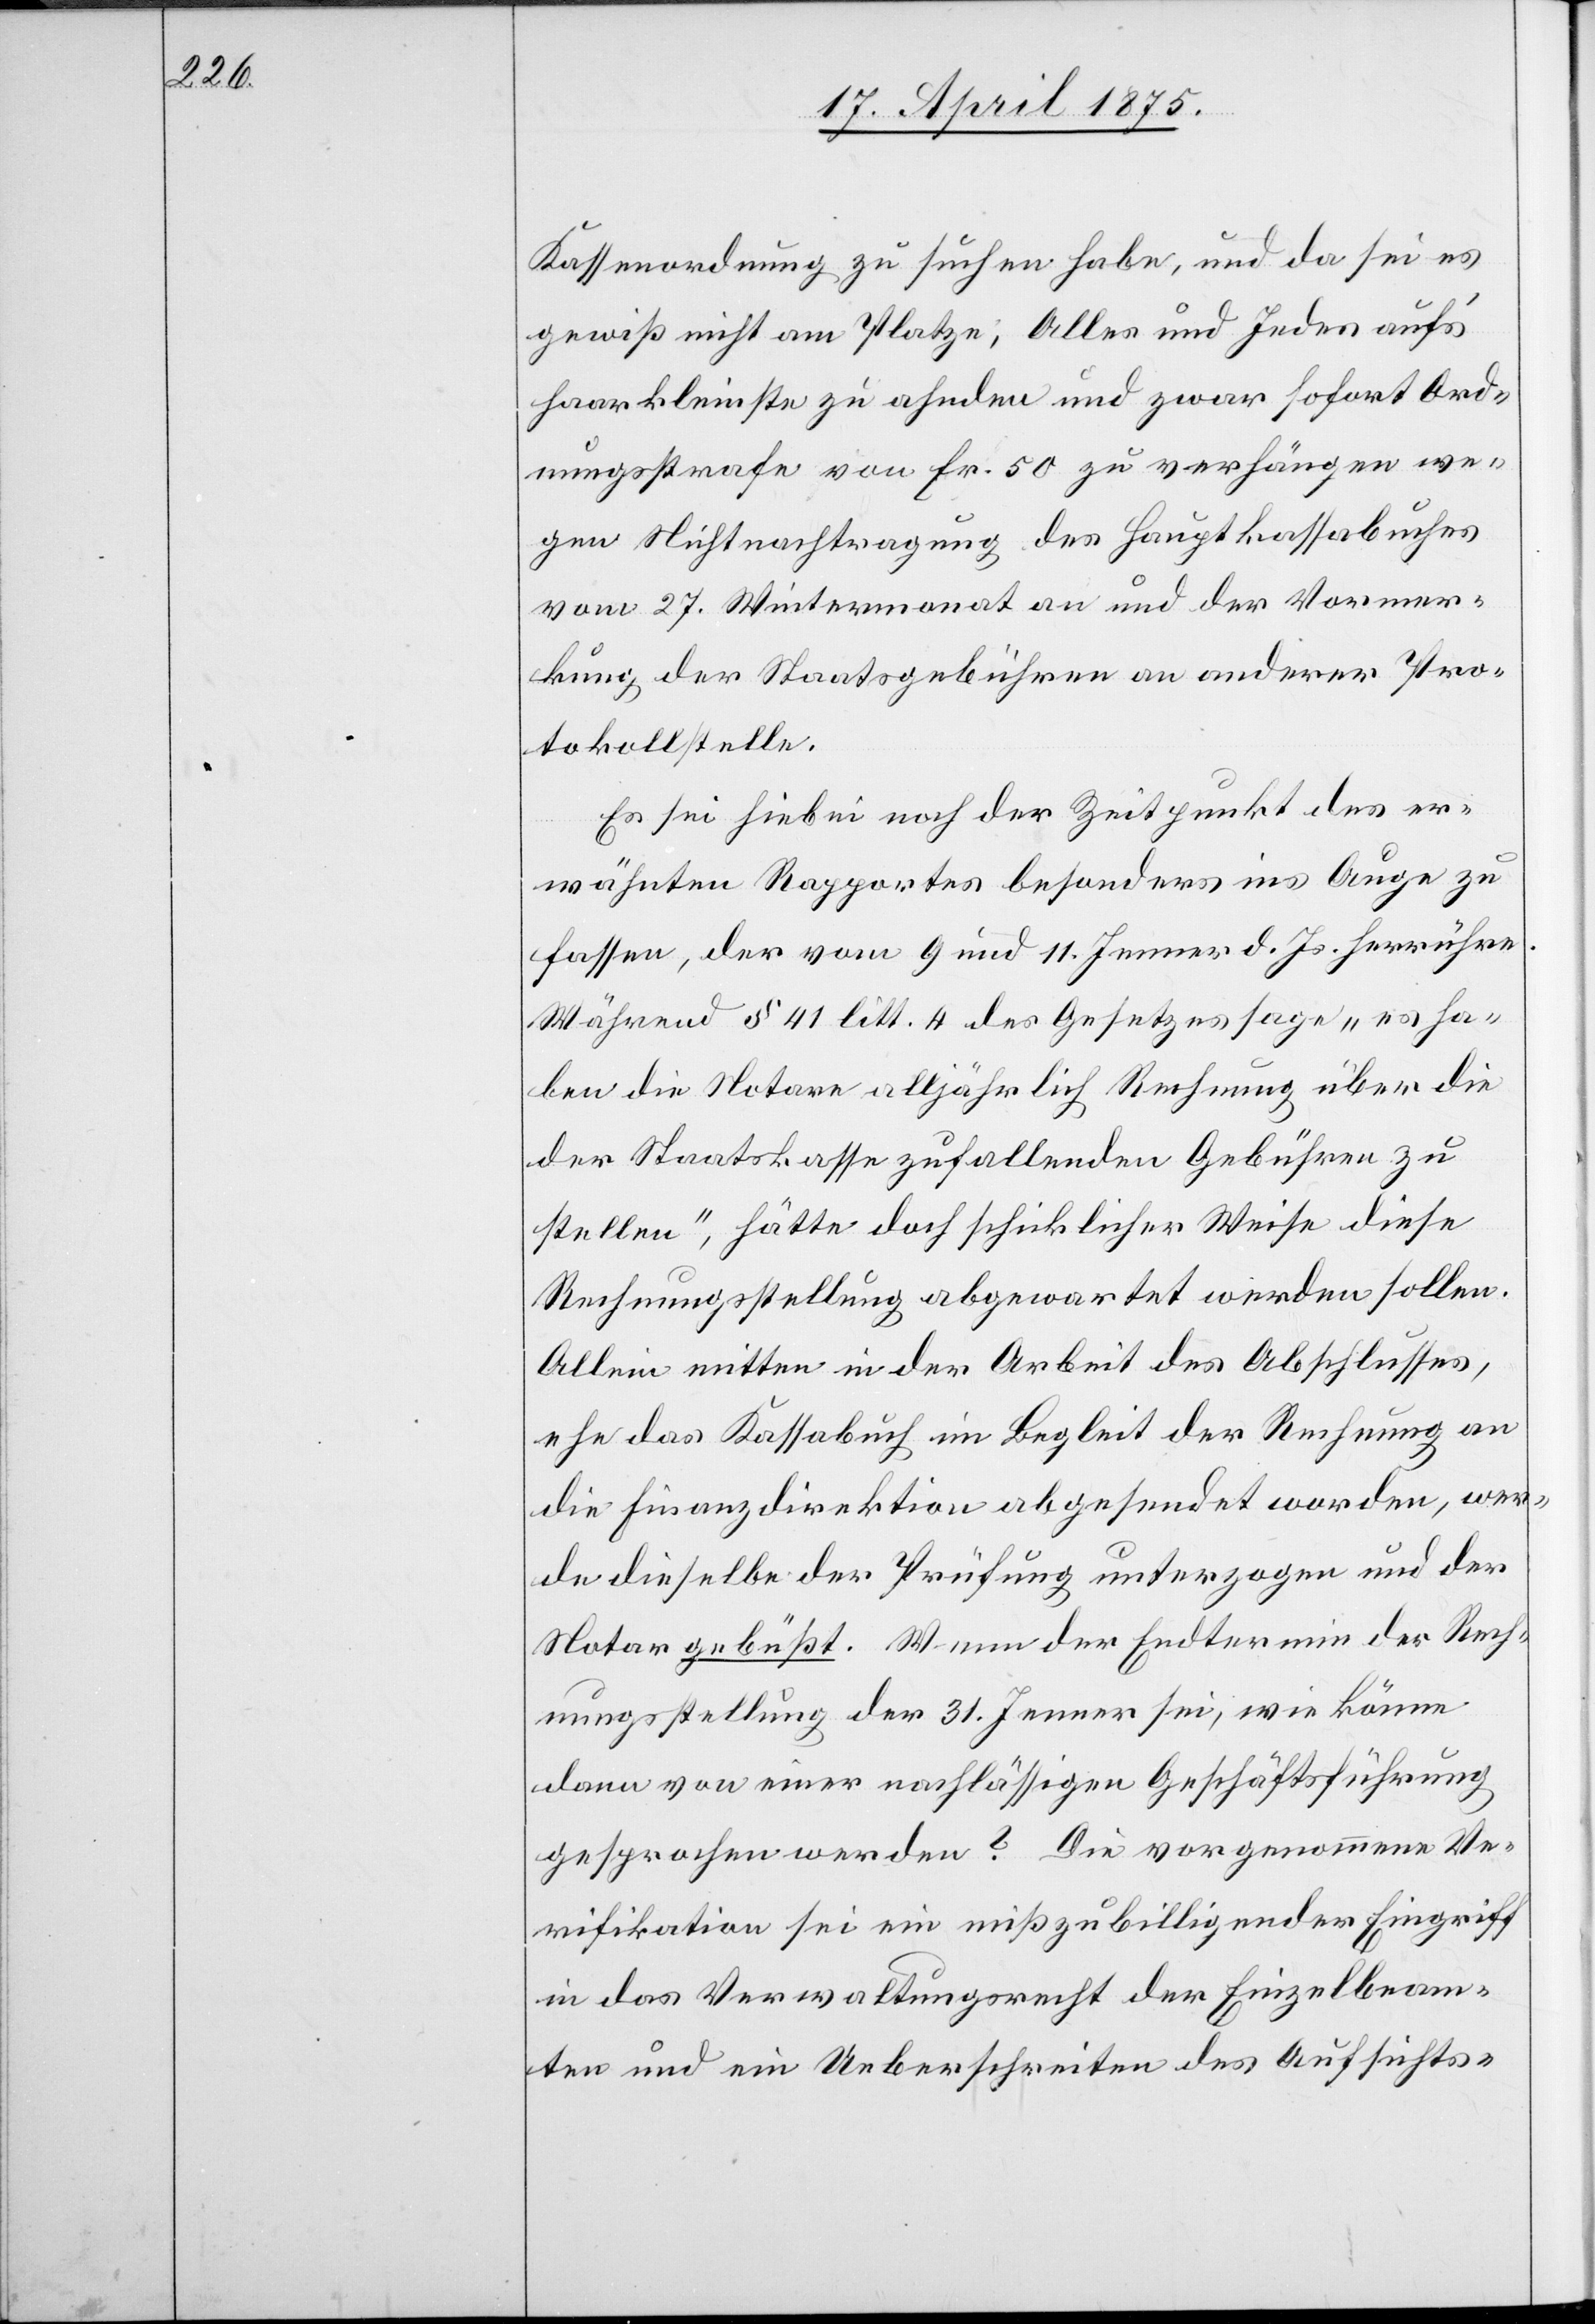
Kassenordnung zu suchen habe, und da sei es
gewiß nicht am Platze, Alles und Jedes auf’s
haarkleinste zu ahnden und zwar sofort Ord¬
nungsstrafe von Fr. 50 zu verhängen we¬
gen Nichtnachtragung des Hauptkassabuches
vom 27. Wintermonat an und der Vormer¬
kung der Staatsgebühren an anderer Pro¬
tokollstelle.
Es sei hiebei noch der Zeitpunkt des er¬
wähnten Rapportes besonders ins Auge zu
fassen, der vom 9 und 11. Jenner d. Js. herrühre.
Während § 41 litt. 4 des Gesetzes sage „es ha¬
ben die Notare alljährlich Rechnung über die
der Staatskasse zufallenden Gebühren zu
stellen“, hätte doch schicklicher Weise diese
Rechnungsstellung abgewartet werden sollen.
Allein mitten in der Arbeit des Abschlusses,
ehe das Kassabuch in Begleit der Rechnung an
die Finanzdirektion abgesendet worden, wer¬
de dieselbe der Prüfung unterzogen und der
Notar gebüßt. Wenn der Endtermin der Rech¬
nungsstellung der 31. Jenner sei, wie könne
dann von einer nachlässigen Geschäftsführung
gesprochen werden? Die vorgenommene Ve¬
rifikation sei ein mißzubilligender Eingriff
in das Verwaltungsrecht der Einzelbeam¬
ten und ein Ueberschreiten des Aufsichts-